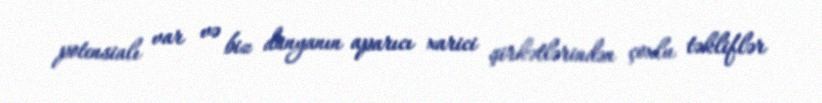
potensialı var və biz dünyanın aparıcı xarici şirkətlərindən çoxlu təkliflər